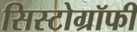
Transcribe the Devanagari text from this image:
सिस्टोग्रॉफी